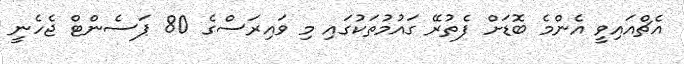
އެޗްއައިވީ އެންމެ ބޮޑަށް ފެތުރޭ ގައުމުތަކުގައި މި ވައިރަސްގެ 80 ޕަސެންޓް ޖެހެނީ